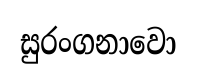
සුරංගනාවො